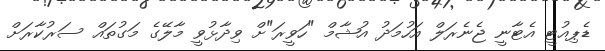
ޑެޕިއުޓީ އެޓާނީ ޖެނެރަލް އަހުމަދު އުޝާމް "ހަވީރަ"ށް ވިދާޅުވީ މާލޭގެ މަގުތައް ސަރުކާރަށް